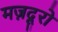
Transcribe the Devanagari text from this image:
मज़दूरो